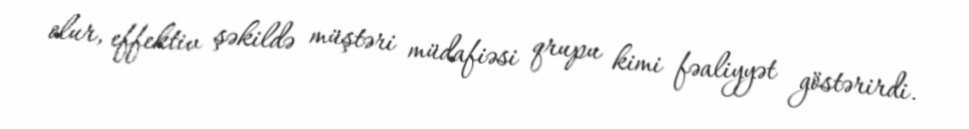
olur, effektiv şəkildə müştəri müdafiəsi qrupu kimi fəaliyyət göstərirdi.